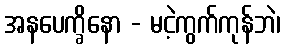
အနပေက္ခိနော - မငဲ့ကွက်ကုန်ဘဲ၊